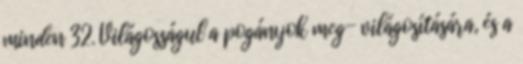
minden 32. Világosságul a pogányok meg− világosítására, és a